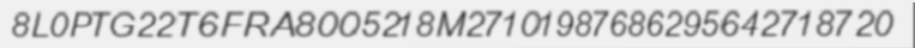
8L0PTG22T6FRA8005218M27101987686295642718720